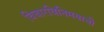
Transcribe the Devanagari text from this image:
विचारविनिमयाची